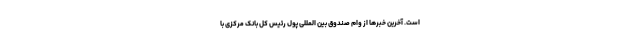
است. آخرین خبرها از وام صندوق بین المللی پول رئیس کل بانک مرکزی با